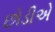
છોડીએ